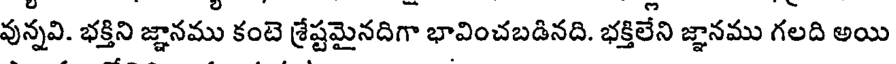
వున్నవి. భక్తిని జ్ఞానము కంటె శ్రేష్టమైనదిగా భావించబడినది. భక్తిలేని జ్ఞానము గలది అయి